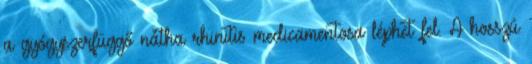
a gyógyszerfüggő nátha rhinitis medicamentosa léphet fel. A hosszú